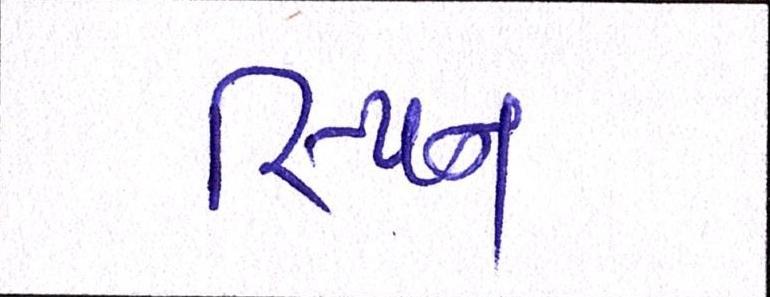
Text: સ્પિન